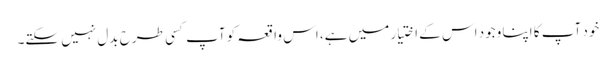
خود آپ کا اپنا وجود اس کے اختیار میں ہے، اس واقعہ کو آپ کسی طرح بدل نہیں سکتے۔